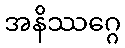
အနိဿဂ္ဂေ